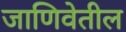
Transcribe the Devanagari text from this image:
जाणिवेतील